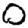
Digit: 0